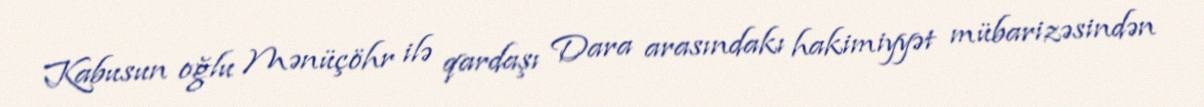
Kabusun oğlu Mənüçöhr ilə qardaşı Dara arasındakı hakimiyyət mübarizəsindən